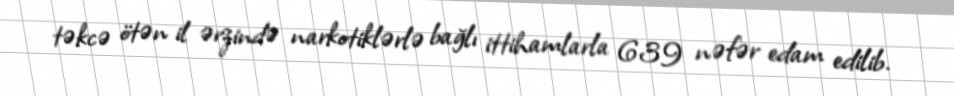
təkcə ötən il ərzində narkotiklərlə bağlı ittihamlarla 639 nəfər edam edilib.